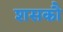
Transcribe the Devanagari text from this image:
शसकौ